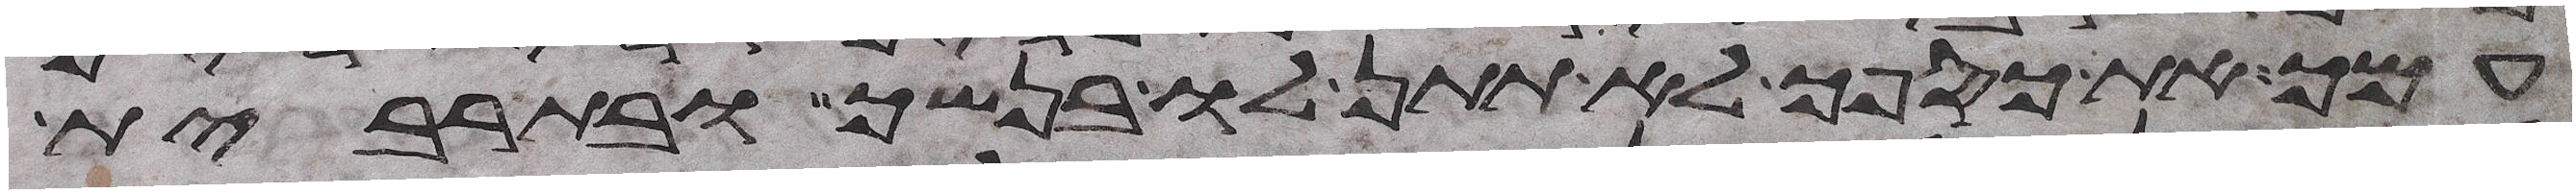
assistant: עמך את כספך לא תתן לו בנשך ובתרבית